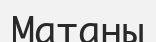
Матаны